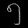
Digit: ၅